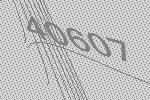
40607